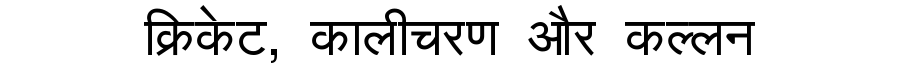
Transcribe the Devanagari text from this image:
क्रिकेट, कालीचरण और कल्लन